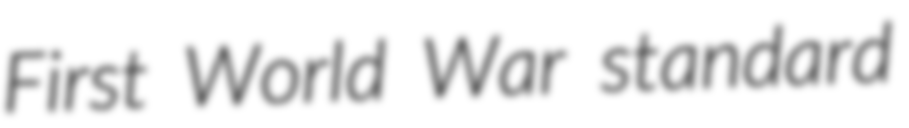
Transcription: First World War standard